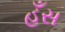
હઁસ